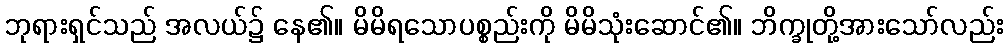
ဘုရားရှင်သည် အလယ်၌ နေ၏။ မိမိရသောပစ္စည်းကို မိမိသုံးဆောင်၏။ ဘိက္ခုတို့အားသော်လည်း